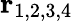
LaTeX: \mathbf{r}_{1,2,3,4}